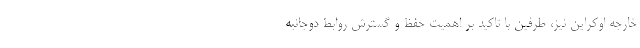
خارجه اوکراین نیز، طرفین با تاکید بر اهمیت حفظ و گسترش روابط دوجانبه